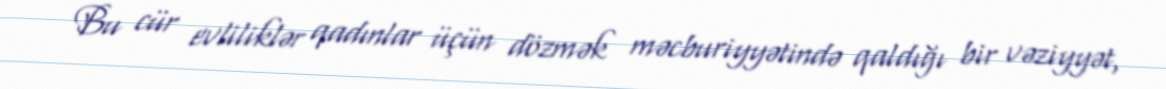
Bu cür evliliklər qadınlar üçün dözmək məcburiyyətində qaldığı bir vəziyyət,